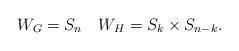
LaTeX: \begin{align*}W_G = S_n \quad W_H = S_k \times S_{n-k}.\end{align*}